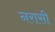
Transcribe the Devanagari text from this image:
नरासी